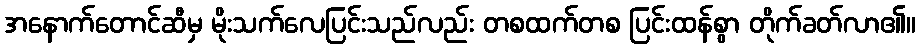
အနောက်တောင်ဆီမှ မိုးသက်လေပြင်းသည်လည်း တစထက်တစ ပြင်းထန်စွာ တိုက်ခတ်လာ၏။